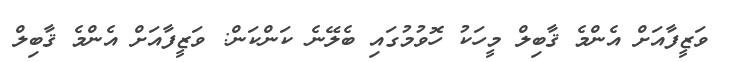
ވަޒީފާއަށް އެންމެ ޤާބިލް މީހަކު ހޮވުމުގައި ބެލޭނެ ކަންކަން: ވަޒީފާއަށް އެންމެ ޤާބިލް